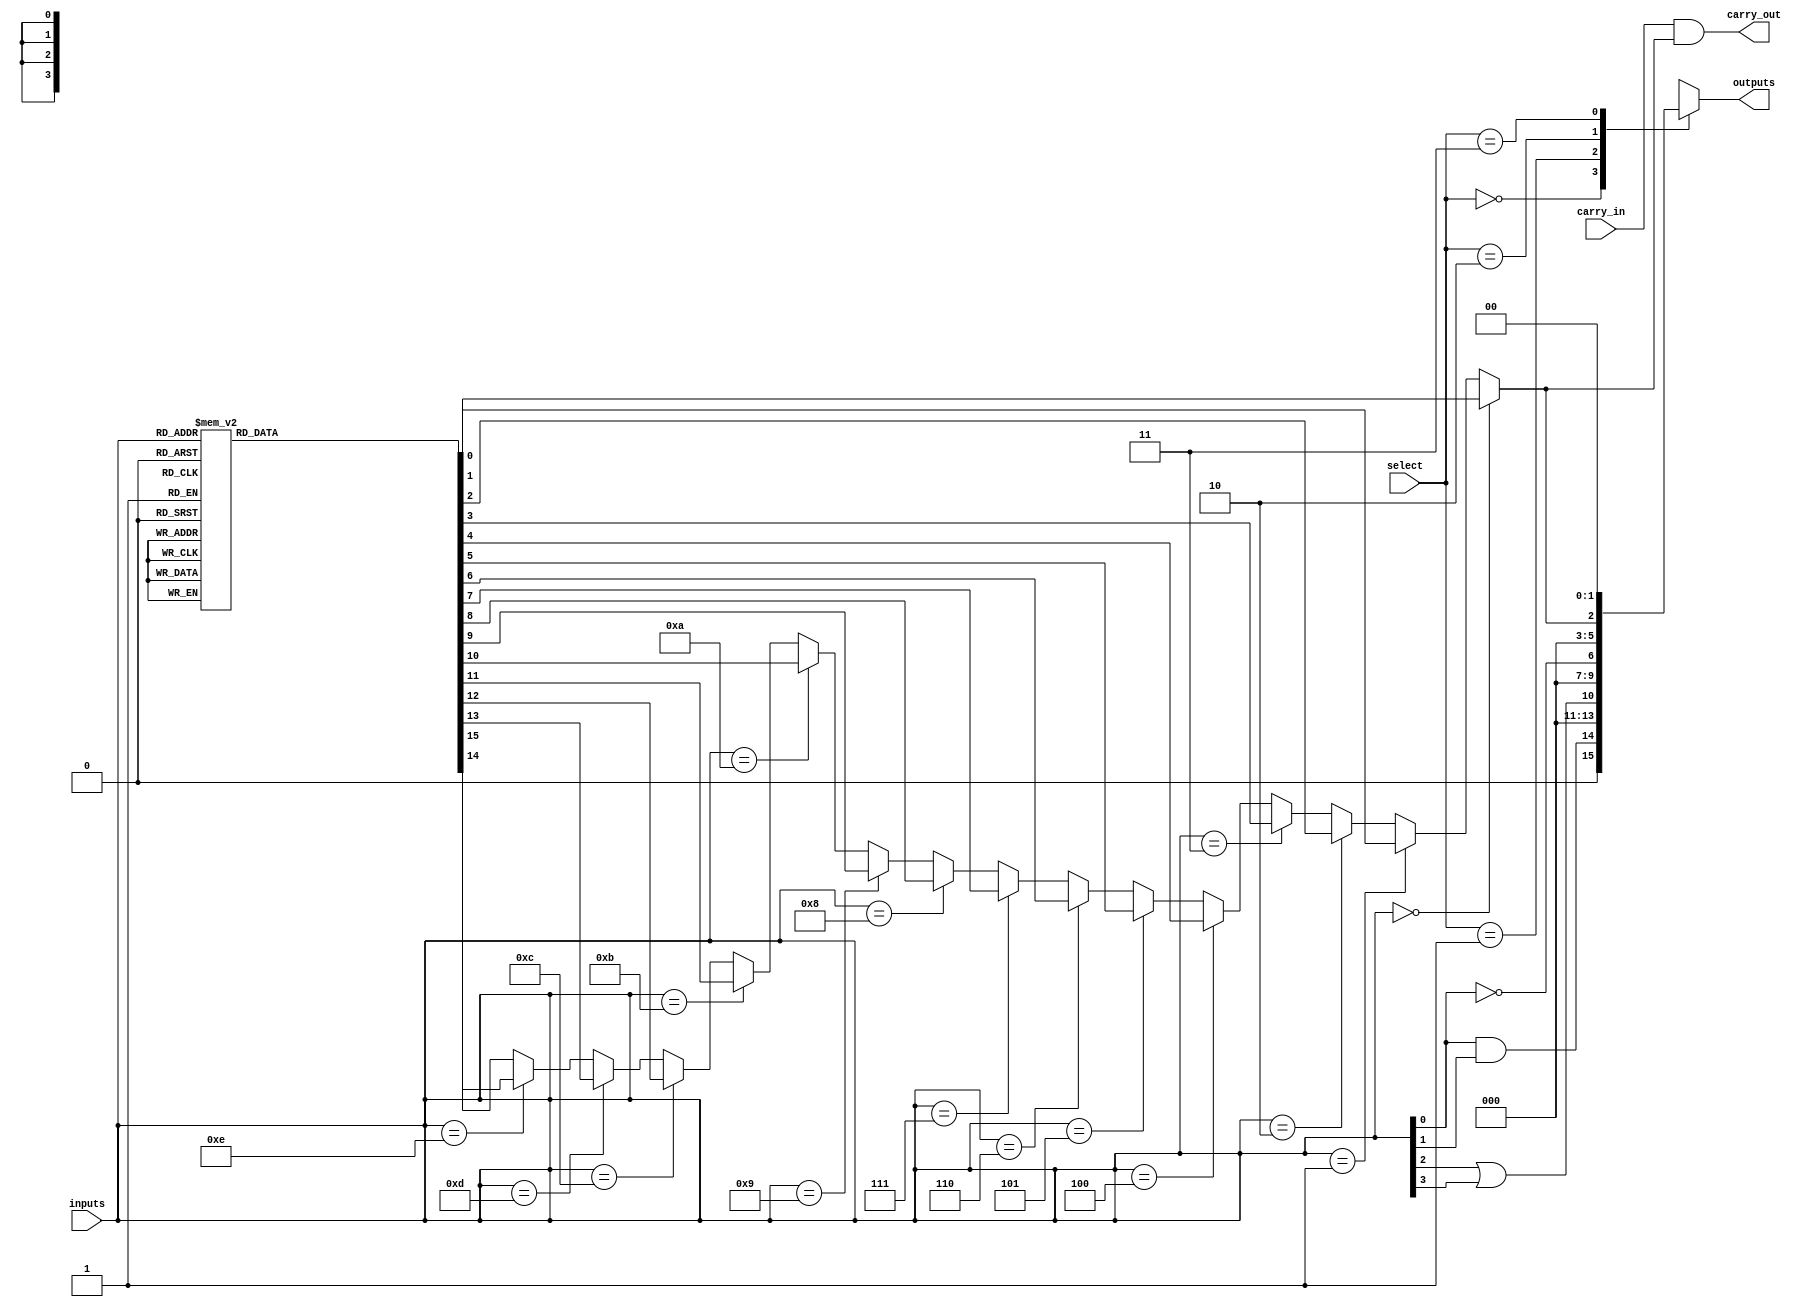
module combinational_logic_block (
    input wire [3:0] inputs,       // 4-bit input for LUT
    input wire [1:0] select,       // 2-bit select line for multiplexer
    input wire carry_in,           // Carry input
    output wire carry_out,         // Carry output
    output wire [3:0] outputs      // 4-bit output for LUT
);

    // Configuration for 4-input LUT
    reg [15:0] lut_config; // 16 values for a 4-input LUT
    wire lut_output;

    // Combinational logic for the LUT
    always @* begin
        case (inputs)
            4'b0000: lut_config = 16'b0000000000000001; // Example LUT configuration
            4'b0001: lut_config = 16'b0000000000000010;
            4'b0010: lut_config = 16'b0000000000000100;
            4'b0011: lut_config = 16'b0000000000001000;
            4'b0100: lut_config = 16'b0000000000010000;
            4'b0101: lut_config = 16'b0000000000100000;
            4'b0110: lut_config = 16'b0000000001000000;
            4'b0111: lut_config = 16'b0000000010000000;
            4'b1000: lut_config = 16'b0000000100000000;
            4'b1001: lut_config = 16'b0000001000000000;
            4'b1010: lut_config = 16'b0000010000000000;
            4'b1011: lut_config = 16'b0000100000000000;
            4'b1100: lut_config = 16'b0001000000000000;
            4'b1101: lut_config = 16'b0010000000000000;
            4'b1110: lut_config = 16'b0100000000000000;
            4'b1111: lut_config = 16'b1000000000000000;
            default: lut_config = 16'b0000000000000000;
        endcase
    end

    // LUT output logic
    assign lut_output = (inputs == 4'b0000) ? lut_config[0] :
                        (inputs == 4'b0001) ? lut_config[1] :
                        (inputs == 4'b0010) ? lut_config[2] :
                        (inputs == 4'b0011) ? lut_config[3] :
                        (inputs == 4'b0100) ? lut_config[4] :
                        (inputs == 4'b0101) ? lut_config[5] :
                        (inputs == 4'b0110) ? lut_config[6] :
                        (inputs == 4'b0111) ? lut_config[7] :
                        (inputs == 4'b1000) ? lut_config[8] :
                        (inputs == 4'b1001) ? lut_config[9] :
                        (inputs == 4'b1010) ? lut_config[10] :
                        (inputs == 4'b1011) ? lut_config[11] :
                        (inputs == 4'b1100) ? lut_config[12] :
                        (inputs == 4'b1101) ? lut_config[13] :
                        (inputs == 4'b1110) ? lut_config[14] :
                                               lut_config[15];

    // Example of additional logic gates
    wire and_output = inputs[0] & inputs[1]; // AND gate
    wire or_output = inputs[2] | inputs[3];  // OR gate
    wire not_output = ~inputs[0];             // NOT gate

    // Multiplexer to select between the different outputs
    reg [3:0] mux_output;
    always @* begin
        case (select)
            2'b00: mux_output = {and_output, 2'b00};     // Selecting AND output
            2'b01: mux_output = {or_output, 2'b00};      // Selecting OR output
            2'b10: mux_output = {not_output, 2'b00};     // Selecting NOT output
            2'b11: mux_output = {lut_output, 2'b00};     // Selecting LUT output
            default: mux_output = 4'b0000;
        endcase
    end

    // Carry logic example
    assign carry_out = carry_in & lut_output; // Simple carry generation

    // Assign outputs
    assign outputs = mux_output;

endmodule